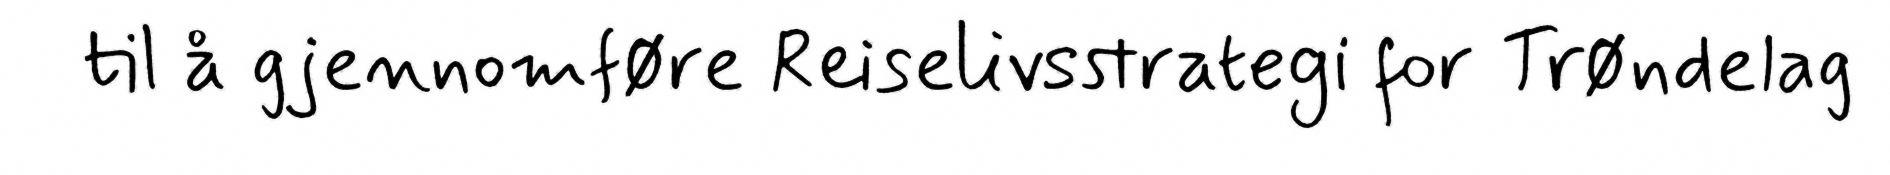
til å gjennomføre Reiselivsstrategi for Trøndelag